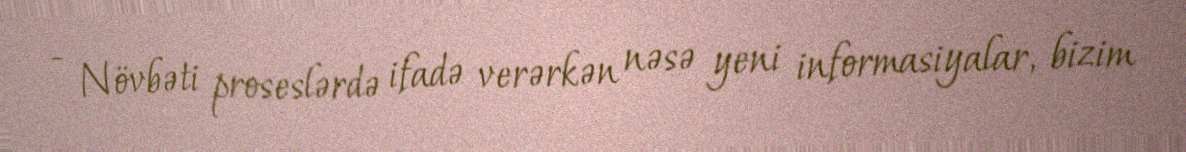
- Növbəti proseslərdə ifadə verərkən nəsə yeni informasiyalar, bizim